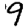
Digit: 9